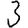
Digit: 3